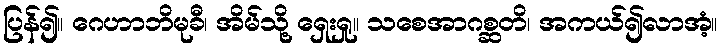
ပြန်၍။ ဂေဟာဘိမုခီ၊ အိမ်သို့ ရှေးရှု။ သစေအာဂစ္ဆတိ၊ အကယ်၍လာအံ့။